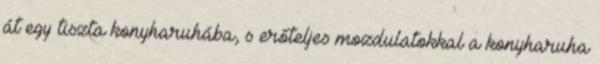
át egy tiszta konyharuhába, s erőteljes mozdulatokkal a konyharuha